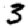
Digit: 3